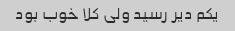
یکم دیر رسید ولی کلا خوب بود